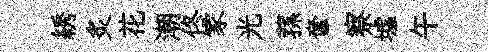
綉炙花潮佟家光蓀奩察墟午